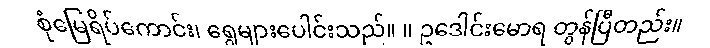
စုံမြေရိပ်ကောင်း၊ ရွေများပေါင်းသည်။ ။ ဥဒေါင်းမောရ တွန်ပြီတည်း။